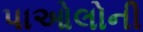
પાઓલોની